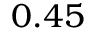
0 . 4 5